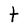
Character: t